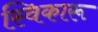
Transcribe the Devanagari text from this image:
स्विकारू